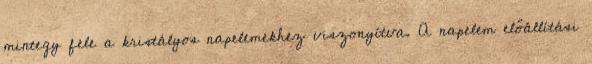
mintegy fele a kristályos napelemekhez viszonyítva. A napelem előállítási